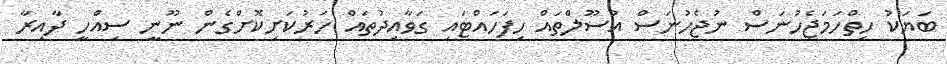
ބަޔަކު ހިތްހަމަޖެހުނަސް ނުޖެހުނަސް އުސޫލްތައް ހިފަހައްޓައި ގަވާއިދުތައް ހަރުކަށިކޮށްގެން ނޫނީ ސިއްހީ ދާއިރާ